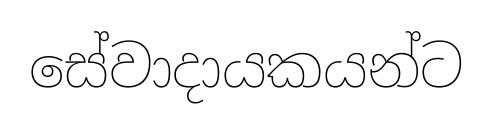
සේවාදායකයන්ට